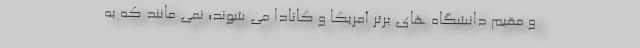
و مقیم دانشگاه های برتر آمریکا و کانادا می شوند؛ نمی مانند که به